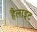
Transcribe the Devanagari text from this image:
हैलाइट